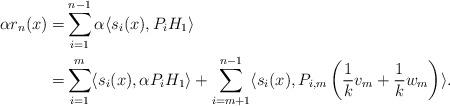
LaTeX: \begin{align*}\alpha r_n (x) = & \displaystyle \sum_{i= 1}^{n-1} \alpha \langle s_i(x) , P_i H_1 \rangle \\= & \displaystyle \sum_{i=1}^m \langle s_i(x) , \alpha P_i H_1 \rangle +\sum_{i = m+1}^{n-1} \langle s_i(x) , P_{i,m} \left(\frac 1k {v_m} +\frac 1k w_{m} \right)\rangle.\end{align*}